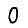
Digit: 0